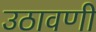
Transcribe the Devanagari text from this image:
उठावणी